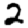
Digit: 2